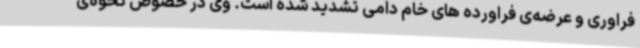
فراوری و عرضه‌ی فراورده های خام دامی تشدید شده است. وی در خصوص نحوه‌ی